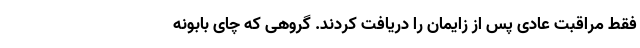
فقط مراقبت عادی پس از زایمان را دریافت کردند. گروهی که چای بابونه